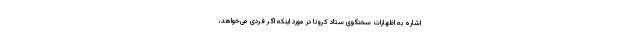
اشاره به اظهارات سخنگوی ستاد کرونا در مورد اینکه اگر فردی می‌خواهد،